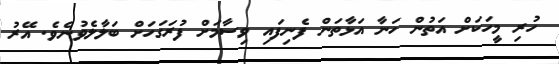
ހުރި މީހަކަށް އަތުން ހަނާ އަޅާތަން ފެނިފައި ވިސާމަށް ފުރަގަހަށް ބަލާލެވުނެވެ. އޭރު